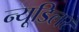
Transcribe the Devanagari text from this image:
न्यूडिलर